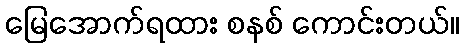
မြေအောက်ရထား စနစ် ကောင်းတယ်။